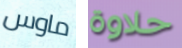
ماوس حلاوة